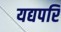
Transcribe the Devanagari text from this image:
यद्यपरि